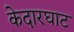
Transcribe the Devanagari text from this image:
केदारघाट